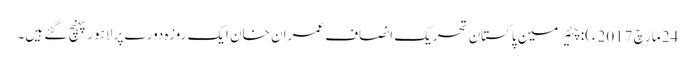
24 مارچ 2017ء): چئیر مین پاکستان تحریک انصاف عمران خان ایک روزہ دورے پر لاہور پہنچ گئے ہیں۔